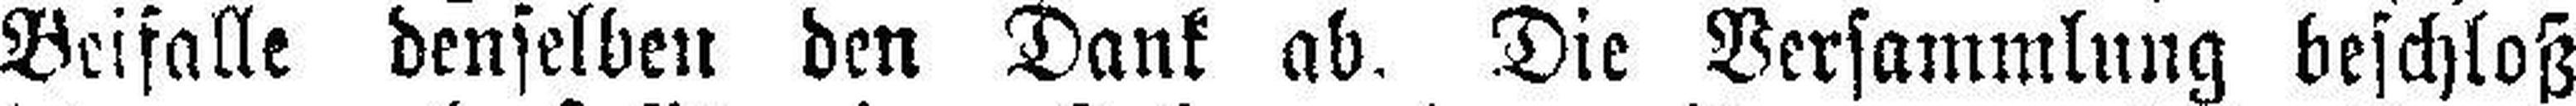
Beifalle denselben den Dank ab. Die Versammlung beschloß